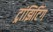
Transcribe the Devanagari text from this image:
ट्रांझिटिंग